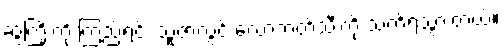
ဆွဲကြိုးကို ကြည့်ရင်း သူဇာလွင် လော့ကတ်သီးကို သတိရသွားတယ်။